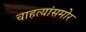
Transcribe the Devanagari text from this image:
चाहत्यांसमोर